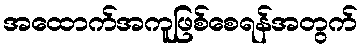
အထောက်အကူဖြစ်စေရန်အတွက်